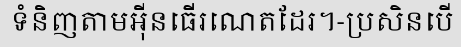
ទំនិញតាមអ៊ីនធើរណេតដែរ។-ប្រសិនបើ